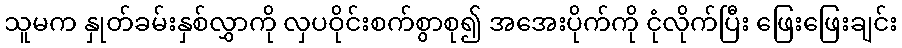
သူမက နှုတ်ခမ်းနှစ်လွှာကို လှပဝိုင်းစက်စွာစု၍ အအေးပိုက်ကို ငုံလိုက်ပြီး ဖြေးဖြေးချင်း